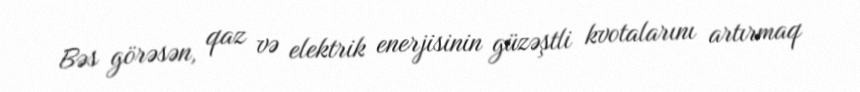
Bəs görəsən, qaz və elektrik enerjisinin güzəştli kvotalarını artırmaq